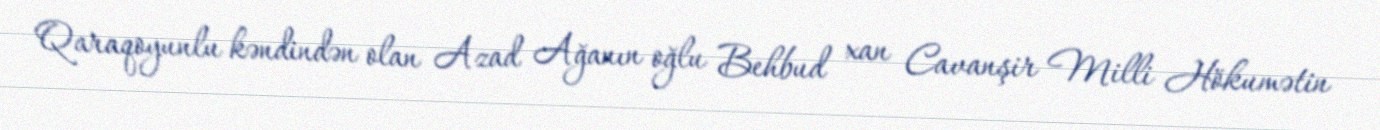
Qaraqoyunlu kəndindən olan Azad Ağanın oğlu Behbud xan Cavanşir Milli Hökumətin